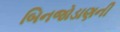
બિનજોડાણની